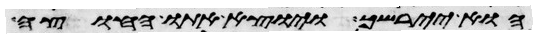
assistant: הוא יירשך ויוצא אתו החוצה